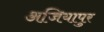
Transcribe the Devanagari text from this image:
अजियापुर